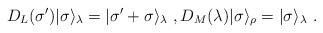
LaTeX: \begin{align*}D_L(\sigma^{\prime})|\sigma\rangle_{\lambda}=|\sigma^{\prime}+\sigma\rangle_{\lambda}\ ,D_M(\lambda)|\sigma\rangle_{\rho}=|\sigma\rangle_{\lambda}\ .\end{align*}